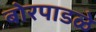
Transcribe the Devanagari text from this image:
बोरपाडळे